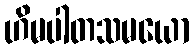
ဟိမပါတသမယော